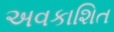
અવકાશિત